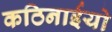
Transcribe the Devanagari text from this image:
कठिनाईयो